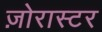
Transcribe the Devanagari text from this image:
ज़ोरास्टर